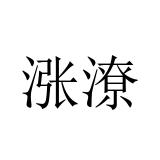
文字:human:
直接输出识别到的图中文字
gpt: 涨潦